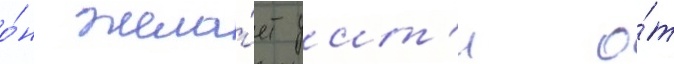
о́н жела́ет уит'и о́т